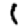
Digit: 1